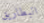
البطاريق